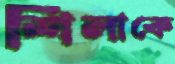
শিলাকে